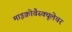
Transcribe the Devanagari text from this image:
माइक्रोवैस्क्यूलेचर